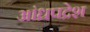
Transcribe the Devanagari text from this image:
आंध्रपद्रेश